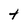
Character: t